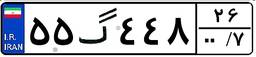
۵۵گ۴۴۸۲۶